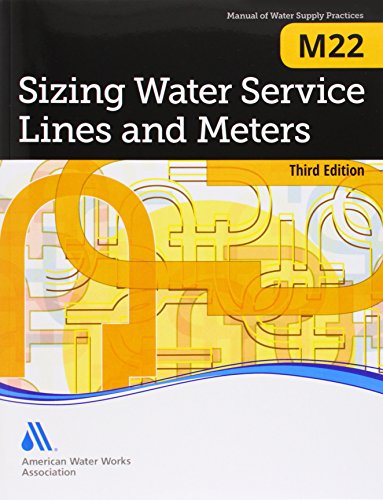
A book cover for Sizing Water Service Lines and Meters (M22): AWWA Manual of Practice; American Water Works Association; Business & Money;